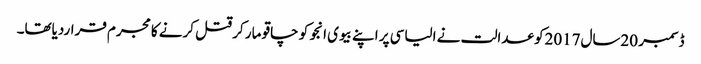
ڈسمبر 20سال2017کو عدالت نے الیاسی پر اپنے بیوی انجو کو چاقو مار کر قتل کرنے کا مجرم قراردیاتھا۔